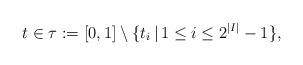
LaTeX: \begin{align*}t\in \tau:=[0,1]\setminus \{t_i\,|\,1\le i\le 2^{|I|}-1\},\end{align*}